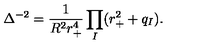
\Delta ^ { - 2 } = \frac { 1 } { R ^ { 2 } r _ { + } ^ { 4 } } \prod _ { I } ( r _ { + } ^ { 2 } + q _ { I } ) .